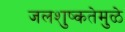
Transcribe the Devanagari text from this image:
जलशुष्कतेमुळे